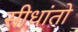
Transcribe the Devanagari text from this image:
सीधांतो